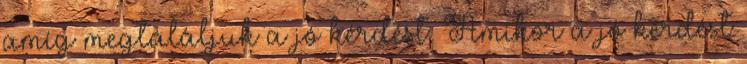
amíg megtaláljuk a jó kérdést. Amikor a jó kérdést